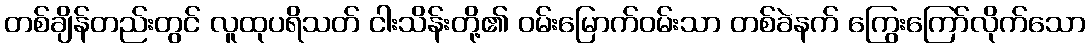
တစ်ချိန်တည်းတွင် လူထုပရိသတ် ငါးသိန်းတို့၏ ဝမ်းမြောက်ဝမ်းသာ တစ်ခဲနက် ကြွေးကြော်လိုက်သော